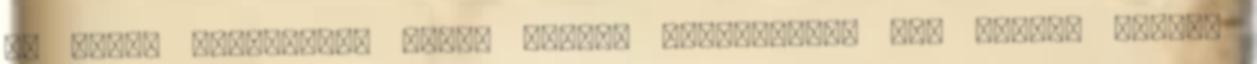
az SZMSZ tárgyalása során fogunk visszatérni rá. Cserti Tibor: